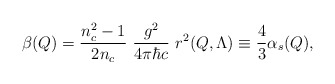
\begin{align*}\beta(Q) = {n_c^2-1\over 2n_c} \ {g^2\over 4\pi \hbar c} \ r^2(Q,\Lambda) \equiv {4\over3} \alpha_s(Q),\end{align*}